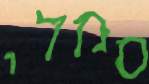
סמלי